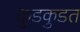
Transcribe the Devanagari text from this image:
कुडकुडत